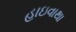
હાઇવાથા